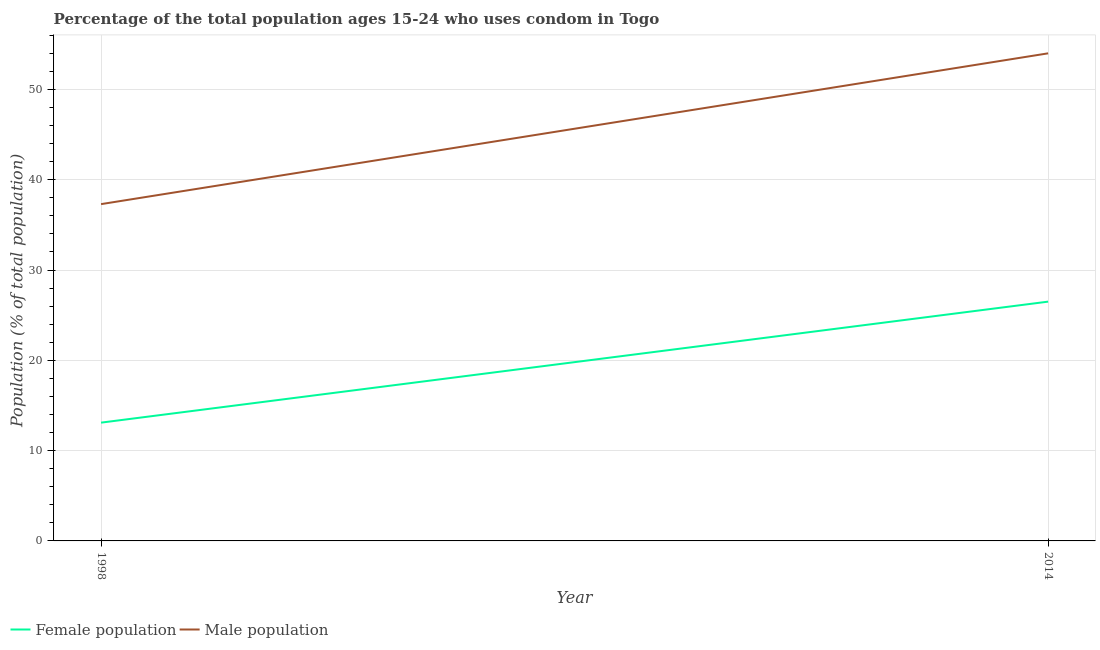
| Year | Female population | Male population |
 | --- | --- | --- |
 | 1998 | 13.1 | 37.3 |
 | 2014 | 26.5 | 54 |